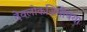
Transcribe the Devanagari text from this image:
देवलोकजिगीषया